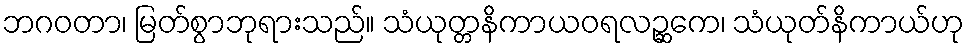
ဘဂဝတာ၊ မြတ်စွာဘုရားသည်။ သံယုတ္တနိကာယဝရလဉ္ဆကေ၊ သံယုတ်နိကာယ်ဟု